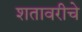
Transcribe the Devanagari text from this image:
शतावरीचे